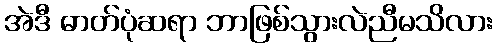
အဲဒီ ဓာတ်ပုံဆရာ ဘာဖြစ်သွားလဲညီမသိလား